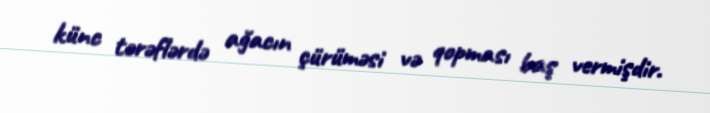
künc tərəflərdə ağacın çürüməsi və qopması baş vermişdir.